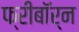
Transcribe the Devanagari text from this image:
फ्रीबॉर्न